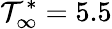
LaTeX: \mathcal{T}_{\infty}^{*}=5.5